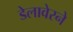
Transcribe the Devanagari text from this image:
डेलावेरने